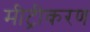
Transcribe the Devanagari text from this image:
मीट्रीकरण